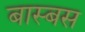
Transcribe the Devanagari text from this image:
बास्बस